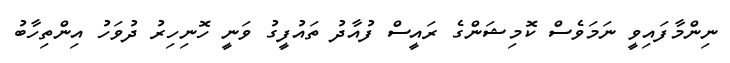
ނިންމާފައިވީ ނަމަވެސް ކޮމިޝަންގެ ރައީސް ފުއާދު ތައުފީގު ވަނީ ހޮނިހިރު ދުވަހު އިންތިހާބު